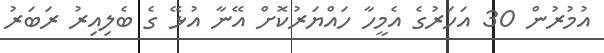
އުމުރުން 30 އަހަރުގެ އެމީހާ ހައްޔަރުކޮށް އޭނާ އުޅޭ ގެ ބެލިއިރު ރަބަރު